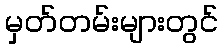
မှတ်တမ်းများတွင်